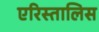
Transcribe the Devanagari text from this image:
एरिस्तालिस